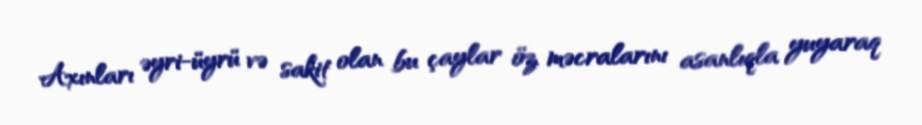
Axınları əyri-üyrü və sakit olan bu çaylar öz məcralarını asanlıqla yuyaraq